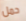
حمل